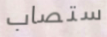
ستصاب